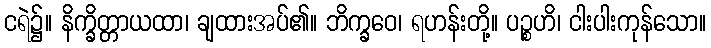
ငရဲ၌။ နိက္ခိတ္တာယထာ၊ ချထားအပ်၏။ ဘိက္ခဝေ၊ ရဟန်းတို့။ ပဉ္စဟိ၊ ငါးပါးကုန်သော။